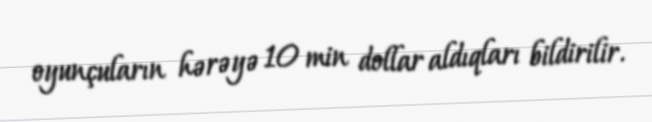
oyunçuların hərəyə 10 min dollar aldıqları bildirilir.